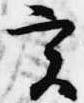
実